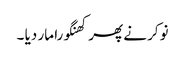
نوکر نے پھر کھنگورا مار دیا ۔